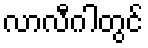
လာလီဂါတွင်